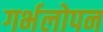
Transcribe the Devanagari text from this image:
गर्भलोपन